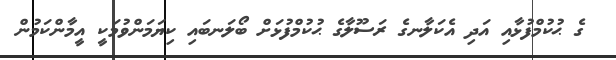
ގެ ޙުކުމްފުޅާއި އަދި އެކަލާނގެ ރަސޫލާގެ ޙުކުމްފުޅަށް ބޯލަނބައި ކިޔަމަންވުމަކީ އީމާންކަމުން